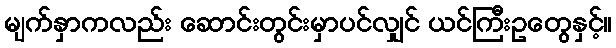
မျက်နှာကလည်း ဆောင်းတွင်းမှာပင်လျှင် ယင်ကြီးဥတွေနှင့်။